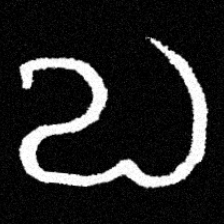
Pyu character \u2014 Myanmar letter: လ (romanized: la)